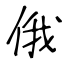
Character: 俄